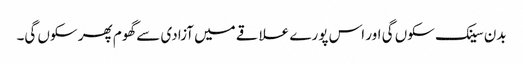
بدن سینک سکوں گی اور اس پورے علاقے میں آزادی سے گھوم پھر سکوں گی۔